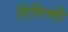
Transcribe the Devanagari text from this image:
रिंगिणी